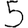
Digit: 5